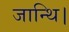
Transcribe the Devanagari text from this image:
जान्थि।